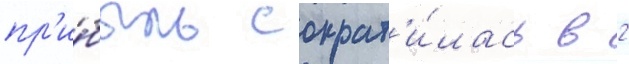
пр'и́быль сократ'и́лась в 2